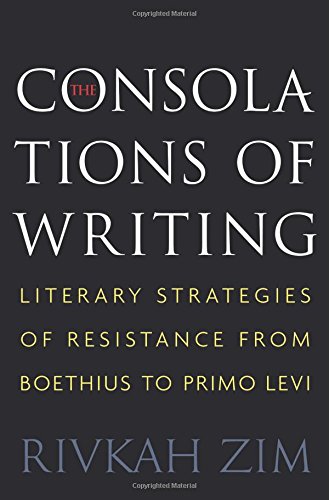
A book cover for The Consolations of Writing: Literary Strategies of Resistance from Boethius to Primo Levi; Rivkah Zim; Literature & Fiction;